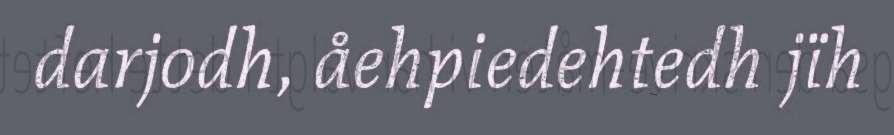
darjodh, åehpiedehtedh jïh